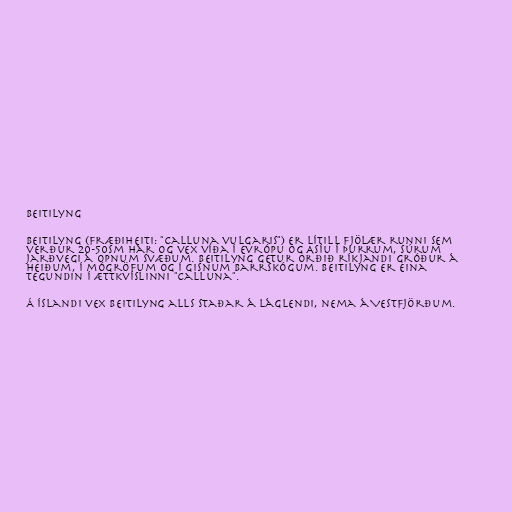
Beitilyng

Beitilyng (fræðiheiti: "Calluna vulgaris") er lítill fjölær runni sem
verður 20-50sm hár og vex víða í Evrópu og Asíu í þurrum, súrum
jarðvegi á opnum svæðum. Beitilyng getur orðið ríkjandi gróður á
heiðum, í mógröfum og í gisnum barrskógum. Beitilyng er eina
tegundin í ættkvíslinni "Calluna".

Á Íslandi vex beitilyng alls staðar á láglendi, nema á Vestfjörðum.